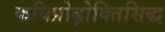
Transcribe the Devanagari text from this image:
कविप्रोढ़ोक्तिसिद्ध